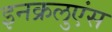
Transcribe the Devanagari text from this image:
इनक्रलुएंस